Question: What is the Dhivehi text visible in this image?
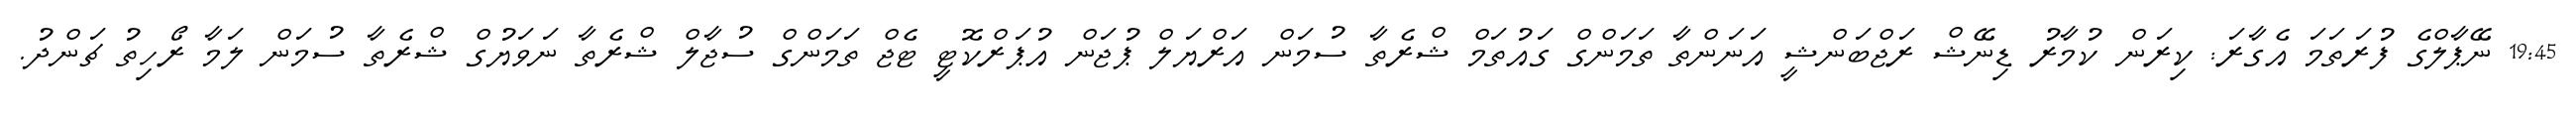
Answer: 19:45 ނޭޕާލްގެ ފުރަތަމަ އެގާރަ: ކިރަން ކުމާރު ޑިނޭޝް ރަޖްބަންޝީ އަނަންތާ ތަމަންގް ގައުތަމް ޝްރެތާ ސުމަން އަރްޔަލް ޕުޖަން އުޕަރްކޮޓީ ޓެޖް ތަމަންގް ސުޖާލް ޝްރެތާ ނަވަޔުގް ޝްރެތާ ސުމަން ލަމާ ރޯހިތު ޗަންދު.